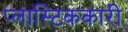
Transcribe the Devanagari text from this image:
प्लास्टिककारी